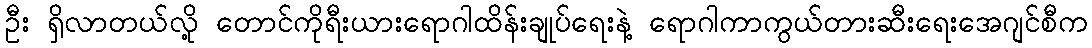
ဦး ရှိလာတယ်လို့ တောင်ကိုရီးယားရောဂါထိန်းချုပ်ရေးနဲ့ ရောဂါကာကွယ်တားဆီးရေးအေဂျင်စီက